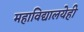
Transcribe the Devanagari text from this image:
महाविद्यालयेही